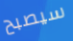
سيصبح